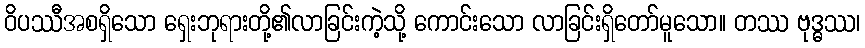
ဝိပဿီအစရှိသော ရှေးဘုရားတို့၏လာခြင်းကဲ့သို့ ကောင်းသော လာခြင်းရှိတော်မူသော။ တဿ ဗုဒ္ဓဿ၊